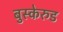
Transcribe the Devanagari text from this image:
बुस्केरुड